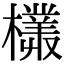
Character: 𣞞